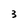
Character: 3